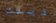
دينت